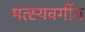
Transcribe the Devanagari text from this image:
मत्स्यवर्गीय